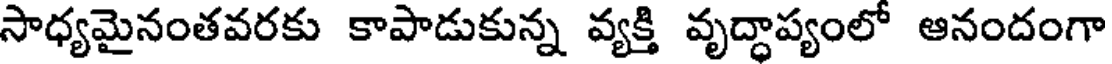
సాధ్యమైనంతవరకు కాపాడుకున్న వ్యక్తి వృద్ధాప్యంలో ఆనందంగా